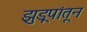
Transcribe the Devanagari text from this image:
झुडूपांतून